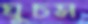
ঘুচস